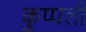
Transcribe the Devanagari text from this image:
कुप्पली